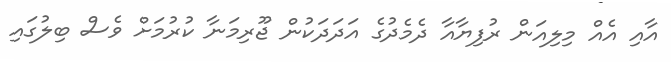
އާއި އެއް މިލިއަން ރުފިޔާއާ ދެމެދުގެ އަދަދަކުން ޖޫރިމަނާ ކުރުމަށް ވެސް ބިލުގައި